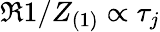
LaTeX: \Re{1/Z_{(1)}}\propto\tau_{j}